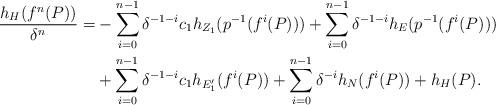
LaTeX: \begin{align*}\frac{h_{H}(f^{n}(P))}{\delta^{n}}=&-\sum_{i=0}^{n-1}\delta^{-1-i}c_{1}h_{Z_{1}}(p^{-1}(f^{i}(P)))+\sum_{i=0}^{n-1}\delta^{-1-i}h_{E}(p^{-1}(f^{i}(P)))\\&+\sum_{i=0}^{n-1}\delta^{-1-i}c_{1}h_{E_{1}'}(f^{i}(P))+\sum_{i=0}^{n-1}\delta^{-i}h_{N}(f^{i}(P))+h_{H}(P).\end{align*}